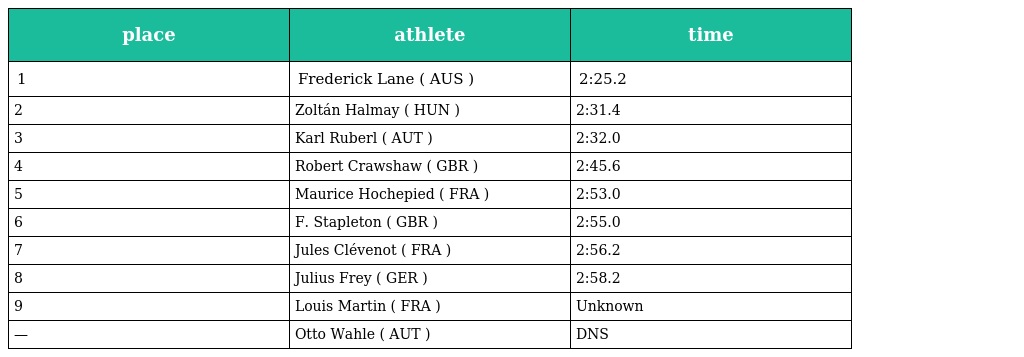
| place | athlete | time |
 | --- | --- | --- |
 | 1 | Frederick Lane ( AUS ) | 2:25.2 |
 | 2 | Zoltán Halmay ( HUN ) | 2:31.4 |
 | 3 | Karl Ruberl ( AUT ) | 2:32.0 |
 | 4 | Robert Crawshaw ( GBR ) | 2:45.6 |
 | 5 | Maurice Hochepied ( FRA ) | 2:53.0 |
 | 6 | F. Stapleton ( GBR ) | 2:55.0 |
 | 7 | Jules Clévenot ( FRA ) | 2:56.2 |
 | 8 | Julius Frey ( GER ) | 2:58.2 |
 | 9 | Louis Martin ( FRA ) | Unknown |
 | — | Otto Wahle ( AUT ) | DNS |